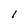
Character: l